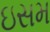
ઇસમ